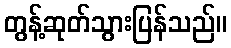
တွန့်ဆုတ်သွားပြန်သည်။